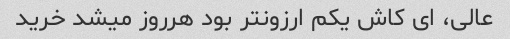
عالی، ای کاش یکم ارزونتر بود هرروز میشد خرید